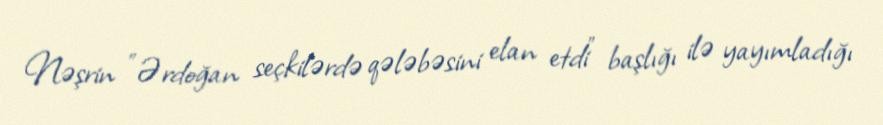
Nəşrin "Ərdoğan seçkilərdə qələbəsini elan etdi" başlığı ilə yayımladığı